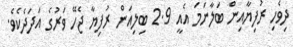
ދިވެހި ރުފިޔާއިން ބަލާނަމަ އެއީ 2.9 ބިލިއަން ރުފިޔާ ޖެހޭ ވަރުގެ އަދަދެކެވެ.